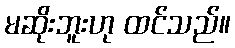
မဆိုးဘူးဟု ထင်သည်။